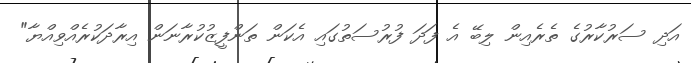
އަދި ސަރުކާރުގެ ތެރެއިން ލިބޭ އެ ފަދަ ފުރުސަތުގައި އެކަން ތަންފީޒުކުރާނަން އިރާދަކުރެއްވިއްޔާ"